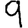
Digit: 9